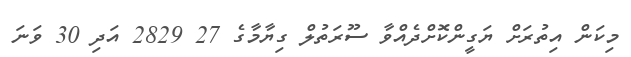
މިކަން އިތުރަށް ޔަގީންކޮށްދެއްވާ ސޫރަތުލް ގިޔާމާގެ 27 2829 އަދި 30 ވަނަ